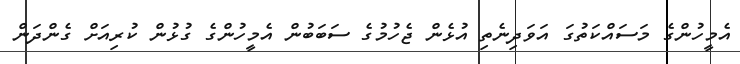
އެމީހުންގެ މަސައްކަތުގަ އަވަދިނެތި އުޅެން ޖެހުމުގެ ސަބަބުން އެމީހުންގެ ގުޅުން ކުރިއަށް ގެންދަން